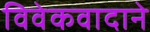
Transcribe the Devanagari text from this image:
विवेकवादाने